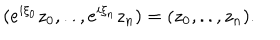
LaTeX: ( e ^ { i \xi _ { 0 } } z _ { 0 } , . . , e ^ { i \xi _ { n } } z _ { n } ) = ( z _ { 0 } , . . , z _ { n } ) .